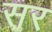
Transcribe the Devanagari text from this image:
सर